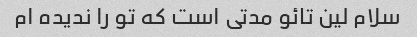
سلام لین تائو مدتی است که تو را ندیده ام